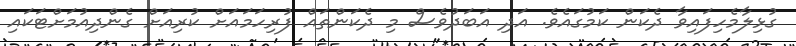
ގުޅިލާމެހިފައިވާ ދެކަން ކަމުގައެވެ. އަދި އަބަދުވެސް މި ދެކަންތައް ފުރިހަމައަށް ކުރިއަށް ގެންދިއުމަށްޓަކައި